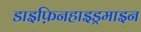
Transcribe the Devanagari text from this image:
डाइफ़िनहाइड्रमाइन